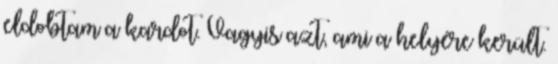
eldobtam a kardot. Vagyis azt, ami a helyére került.